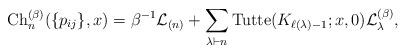
LaTeX: \begin{gather*} {\rm Ch}_n^{(\beta)}(\{p_{ij}\},x) = \beta^{-1} {\cal{L}}_{(n)} + \sum_{\lambda \vdash n} {\rm Tutte}(K_{\ell(\lambda)-1};x,0) {\cal{L}}_{\lambda}^{(\beta)}, \end{gather*}